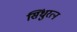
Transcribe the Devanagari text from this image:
सिंधुरत्‍न